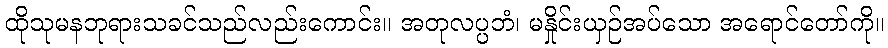
ထိုသုမနဘုရားသခင်သည်လည်းကောင်း။ အတုလပ္ပဘံ၊ မနှိုင်းယှဉ်အပ်သော အရောင်တော်ကို။